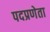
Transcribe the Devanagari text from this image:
पदप्रणेता